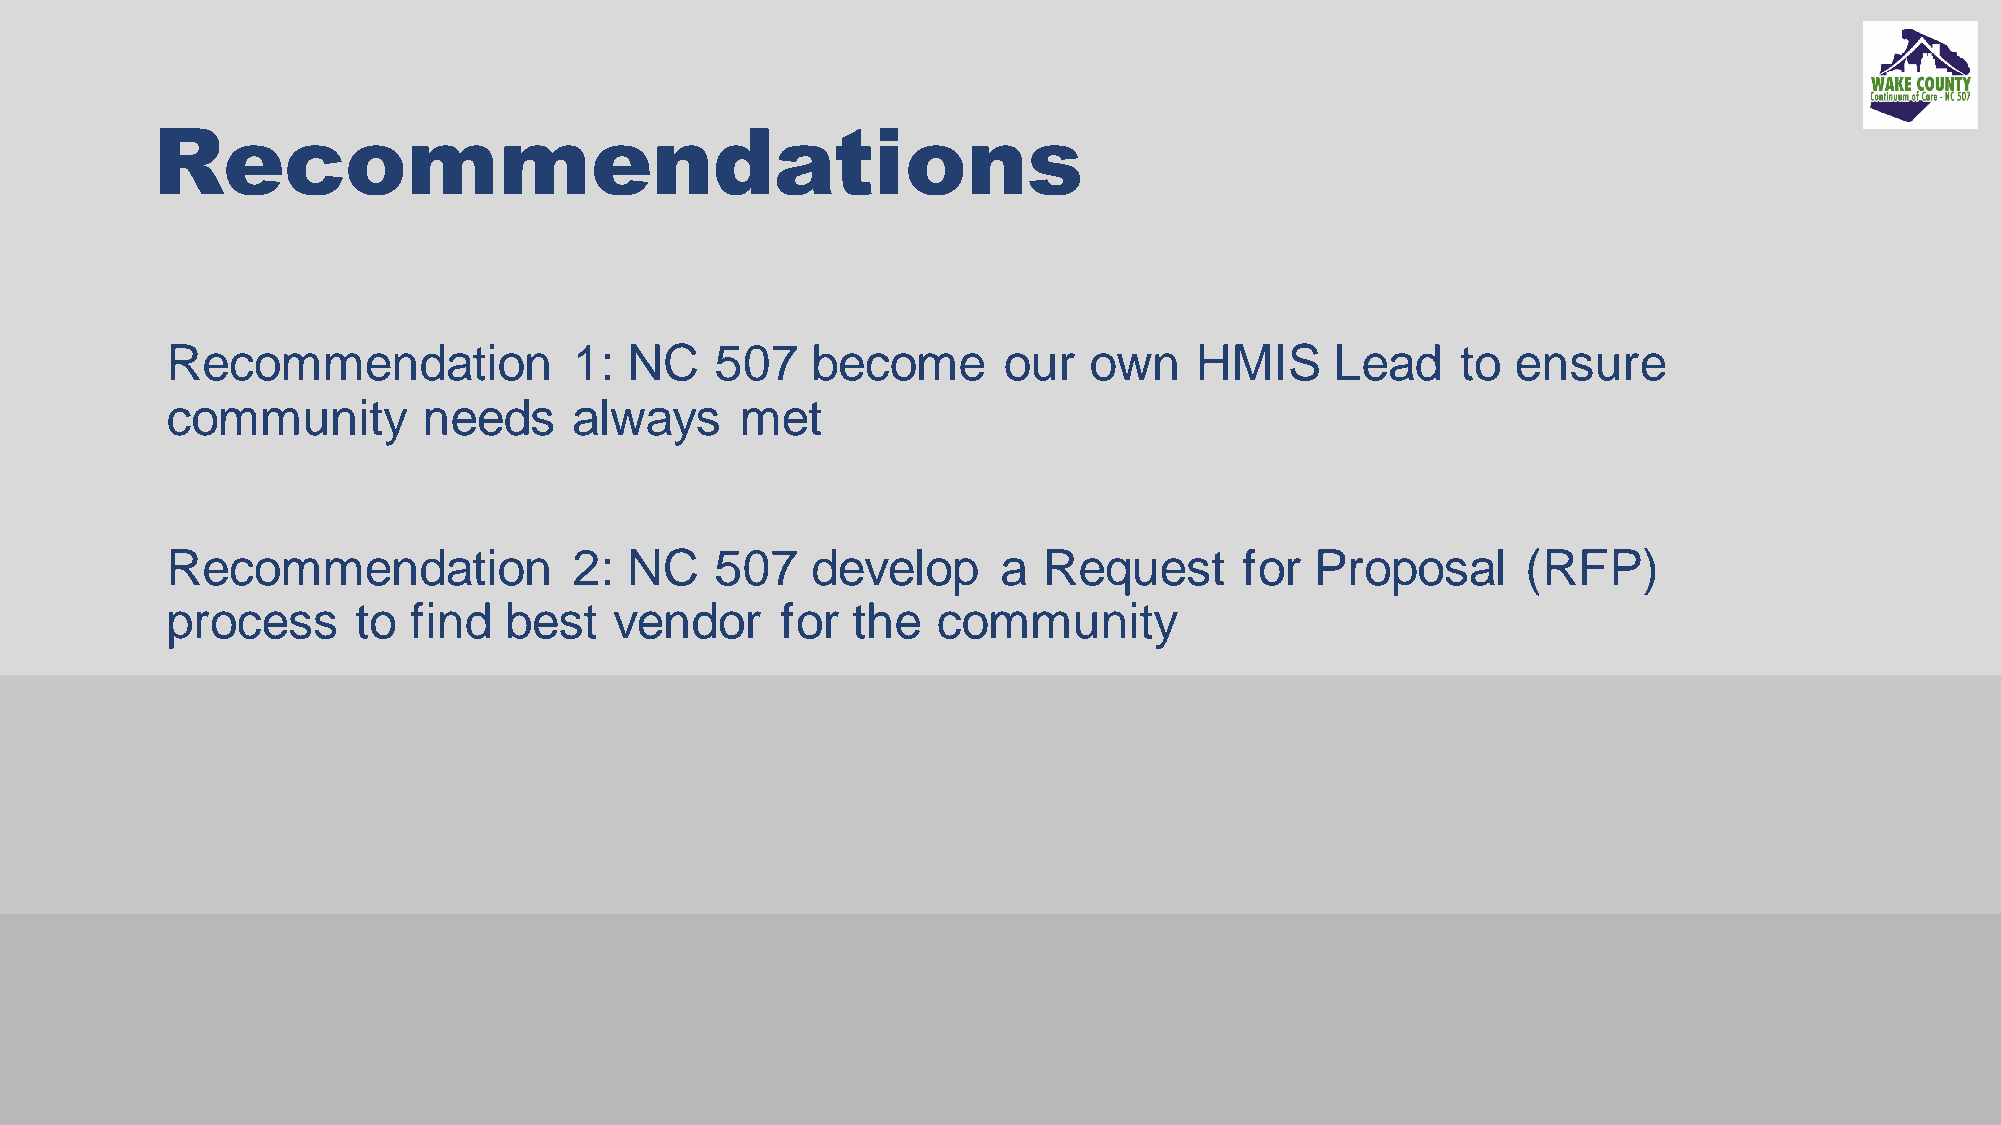
Recommendations
 Recommendation             1:  NC   507    become      our   own    HMIS     Lead     to ensure
 community        needs     always     met
 Recommendation             2: NC    507    develop     a  Request      for  Proposal      (RFP)
 process      to find  best    vendor     for the   community